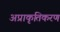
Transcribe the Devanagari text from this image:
अप्राकृतिकरण